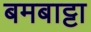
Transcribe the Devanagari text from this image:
बमबाट्टा